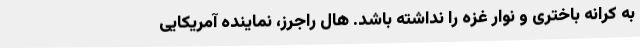
به کرانه باختری و نوار غزه را نداشته باشد. هال راجرز، نماینده آمریکایی